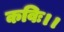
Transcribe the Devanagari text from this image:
कविः।।